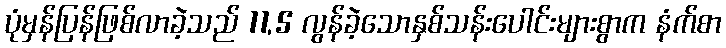
ပုံမှန်ပြန်ဖြစ်လာခဲ့သည် 11,5 လွန်ခဲ့သောနှစ်သန်းပေါင်းများစွာက နံက်စာ